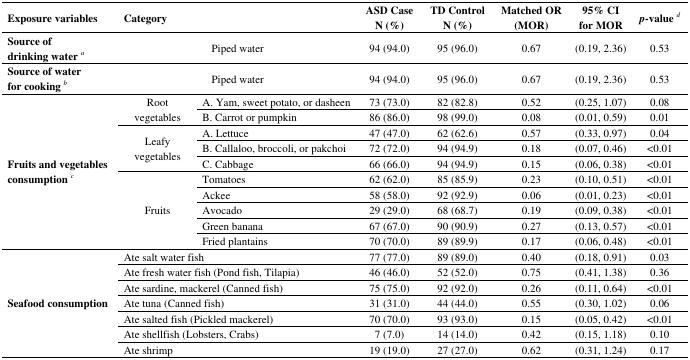
<table><thead><tr><td><b>Exposure variables</b></td><td colspan="2"><b>Category</b></td><td><b>ASD Case N (%)</b></td><td><b>TD Control N (%)</b></td><td><b>Matched OR (MOR)</b></td><td><b>95% CI for MOR</b></td><td><b><i>p</i>-value <i><sup>d</sup></i></b></td></tr></thead><tbody><tr><td><b>Source of</b><b>drinking water</b><b><i><sup>a</sup></i></b></td><td colspan="2">Piped water</td><td>94 (94.0)</td><td>95 (96.0)</td><td>0.67</td><td>(0.19, 2.36)</td><td>0.53</td></tr><tr><td><b>Source of water</b><b>for cooking</b><b><i><sup>b</sup></i></b></td><td colspan="2">Piped water</td><td>94 (94.0)</td><td>95 (96.0)</td><td>0.67</td><td>(0.19, 2.36)</td><td>0.53</td></tr><tr><td rowspan="10"><b>Fruits and vegetables consumption <i><sup>c</sup></i></b></td><td rowspan="2">Root vegetables</td><td>A. Yam, sweet potato, or dasheen</td><td>73 (73.0)</td><td>82 (82.8)</td><td>0.52</td><td>(0.25, 1.07)</td><td>0.08</td></tr><tr><td>B. Carrot or pumpkin</td><td>86 (86.0)</td><td>98 (99.0)</td><td>0.08</td><td>(0.01, 0.59)</td><td>0.01</td></tr><tr><td rowspan="3">Leafy vegetables</td><td>A. Lettuce</td><td>47 (47.0)</td><td>62 (62.6)</td><td>0.57</td><td>(0.33, 0.97)</td><td>0.04</td></tr><tr><td>B. Callaloo, broccoli, or pakchoi</td><td>72 (72.0)</td><td>94 (94.9)</td><td>0.18</td><td>(0.07, 0.46)</td><td>&lt;0.01</td></tr><tr><td>C. Cabbage</td><td>66 (66.0)</td><td>94 (94.9)</td><td>0.15</td><td>(0.06, 0.38)</td><td>&lt;0.01</td></tr><tr><td rowspan="5">Fruits</td><td>Tomatoes</td><td>62 (62.0)</td><td>85 (85.9)</td><td>0.23</td><td>(0.10, 0.51)</td><td>&lt;0.01</td></tr><tr><td>Ackee</td><td>58 (58.0)</td><td>92 (92.9)</td><td>0.06</td><td>(0.01, 0.23)</td><td>&lt;0.01</td></tr><tr><td>Avocado</td><td>29 (29.0)</td><td>68 (68.7)</td><td>0.19</td><td>(0.09, 0.38)</td><td>&lt;0.01</td></tr><tr><td>Green banana</td><td>67 (67.0)</td><td>90 (90.9)</td><td>0.27</td><td>(0.13, 0.57)</td><td>&lt;0.01</td></tr><tr><td>Fried plantains</td><td>70 (70.0)</td><td>89 (89.9)</td><td>0.17</td><td>(0.06, 0.48)</td><td>&lt;0.01</td></tr><tr><td rowspan="7"><b>Seafood consumption</b></td><td colspan="2">Ate salt water fish</td><td>77 (77.0)</td><td>89 (89.0)</td><td>0.40</td><td>(0.18, 0.91)</td><td>0.03</td></tr><tr><td colspan="2">Ate fresh water fish (Pond fish, Tilapia)</td><td>46 (46.0)</td><td>52 (52.0)</td><td>0.75</td><td>(0.41, 1.38)</td><td>0.36</td></tr><tr><td colspan="2">Ate sardine, mackerel (Canned fish)</td><td>75 (75.0)</td><td>92 (92.0)</td><td>0.26</td><td>(0.11, 0.64)</td><td>&lt;0.01</td></tr><tr><td colspan="2">Ate tuna (Canned fish)</td><td>31 (31.0)</td><td>44 (44.0)</td><td>0.55</td><td>(0.30, 1.02)</td><td>0.06</td></tr><tr><td colspan="2">Ate salted fish (Pickled mackerel)</td><td>70 (70.0)</td><td>93 (93.0)</td><td>0.15</td><td>(0.05, 0.42)</td><td>&lt;0.01</td></tr><tr><td colspan="2">Ate shellfish (Lobsters, Crabs)</td><td>7 (7.0)</td><td>14 (14.0)</td><td>0.42</td><td>(0.15, 1.18)</td><td>0.10</td></tr><tr><td colspan="2">Ate shrimp</td><td>19 (19.0)</td><td>27 (27.0)</td><td>0.62</td><td>(0.31, 1.24)</td><td>0.17</td></tr></tbody></table>